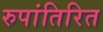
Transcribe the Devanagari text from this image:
रुपांतिरित